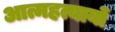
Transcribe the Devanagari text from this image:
आत्महत्यायों